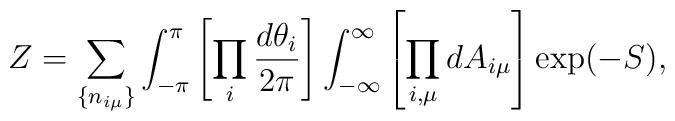
Z=\sum_{\{n_{i\mu}\}}\int_{-\pi}^\pi\left[\prod_i\frac{d\theta_i}{2\pi}\right]\int_{-\infty}^\infty\left[\prod_{i,\mu}dA_{i\mu}\right]\exp(-S),